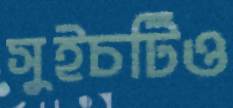
সুইচটিও